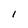
Character: I